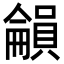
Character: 𡃋